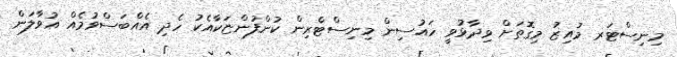
މިނިސްޓަރ މުއިޒު މިގޮތަށް ވިދާޅުވީ ހައުސިން މިނިސްޓްރިން ކުންފުންޏަކާއެކު ހެދި އެއްބަސްވުމެއް އުވާލަން